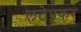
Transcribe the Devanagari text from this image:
लटेपकर